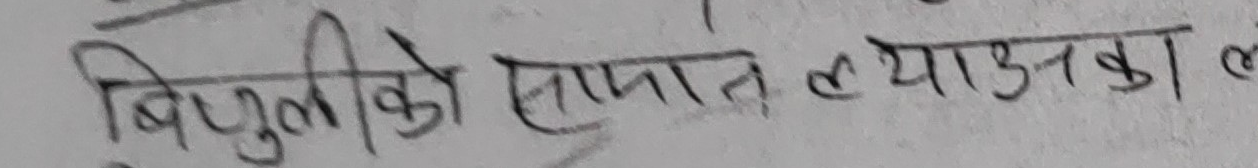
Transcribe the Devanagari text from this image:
बिजुलीको सपात ल्याउनका ल